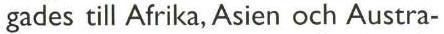
gades till Afrika, Asien och Austra-